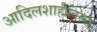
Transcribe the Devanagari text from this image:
आदिलशाहीविरुद्ध